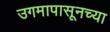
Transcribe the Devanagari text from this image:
उगमापासूनच्या